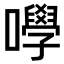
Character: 𡄆